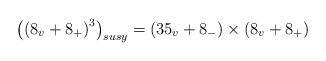
LaTeX: \begin{align*}\left( \left( 8_v+8_{+}\right) ^3\right) _{susy}=\left( 35_v+8_{-}\right)\times \left( 8_v+8_{+}\right) \end{align*}